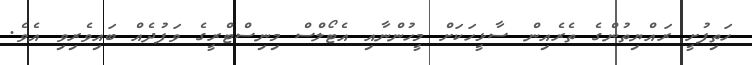
ހަތިފުށީ ރައްޔިތުންގެ ތެރެއިން ސާޅީހަކަށް މީހުންނާއި އެޓޯލްސް މިނިސްޓްރީގެ ވަފުދެއް ބައިވެރިވި އެވެ.